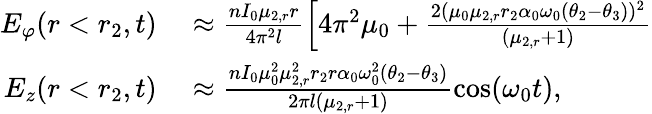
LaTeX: \begin{array}{rl}{E_{\varphi}(r<r_{2},t)}&{{}\approx\frac{nI_{0}\mu_{2,r}r}{4\pi^{2}l}\Big[4\pi^{2}\mu_{0}+\frac{2(\mu_{0}\mu_{2,r}r_{2}\alpha_{0}\omega_{0}(\theta_{2}-\theta_{3}))^{2}}{(\mu_{2,r}+1)}}\\ {E_{z}(r<r_{2},t)}&{{}\approx\frac{nI_{0}\mu_{0}^{2}\mu_{2,r}^{2}r_{2}r\alpha_{0}\omega_{0}^{2}(\theta_{2}-\theta_{3})}{2\pi l(\mu_{2,r}+1)}\cos(\omega_{0}t),}\end{array}